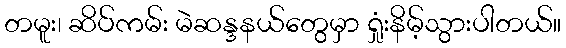
တမူး၊ ဆိပ်ကမ်း မဲဆန္ဒနယ်တွေမှာ ရှုံးနိမ့်သွားပါတယ်။